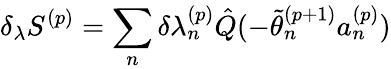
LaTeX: \delta_{\lambda}S^{(p)}=\sum_{n}^{}\delta{\lambda_{n}^{(p)}}\hat{Q}(-\tilde{\theta}_{n}^{(p+1)}a_{n}^{(p)})